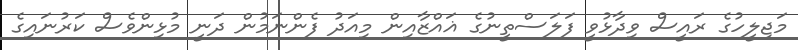
މަޖިލީހުގެ ރައީސް ވިދާޅުވީ ފަލަސްތީނުގެ ޣައްޒާއިން މިއަދު ފެންނަމުން ދަނީ މުޅިންވެސް ކަރުނައިގެ